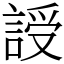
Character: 䛵